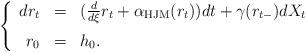
LaTeX: \begin{align*}\left\{\begin{array}{rcl}d r_t & = & (\frac{d}{d\xi} r_t + \alpha_{\rm HJM}(r_t)) dt + \gamma(r_{t-}) dX_t \medskip\\ r_0 & = & h_0.\end{array}\right.\end{align*}